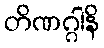
တိဏဂ္ဂါနိ